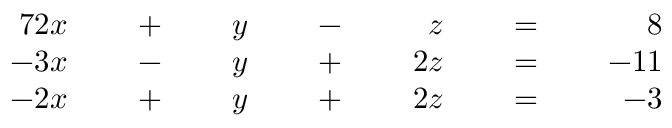
{ \begin{array} { r l r l r l r l r l r l r } { { 7 } 2 x } & { } & { \; + \; } & { } & { y } & { } & { \; - \; } & { } & { z } & { } & { \; = \; } & { } & { 8 } \\ { - 3 x } & { } & { \; - \; } & { } & { y } & { } & { \; + \; } & { } & { 2 z } & { } & { \; = \; } & { } & { - 1 1 } \\ { - 2 x } & { } & { \; + \; } & { } & { y } & { } & { \; + \; } & { } & { 2 z } & { } & { \; = \; } & { } & { - 3 } \end{array} }